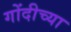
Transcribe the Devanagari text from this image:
गोंदीच्या